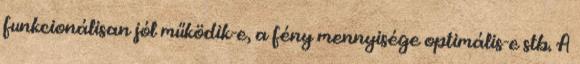
funkcionálisan jól működik-e, a fény mennyisége optimális-e stb. A